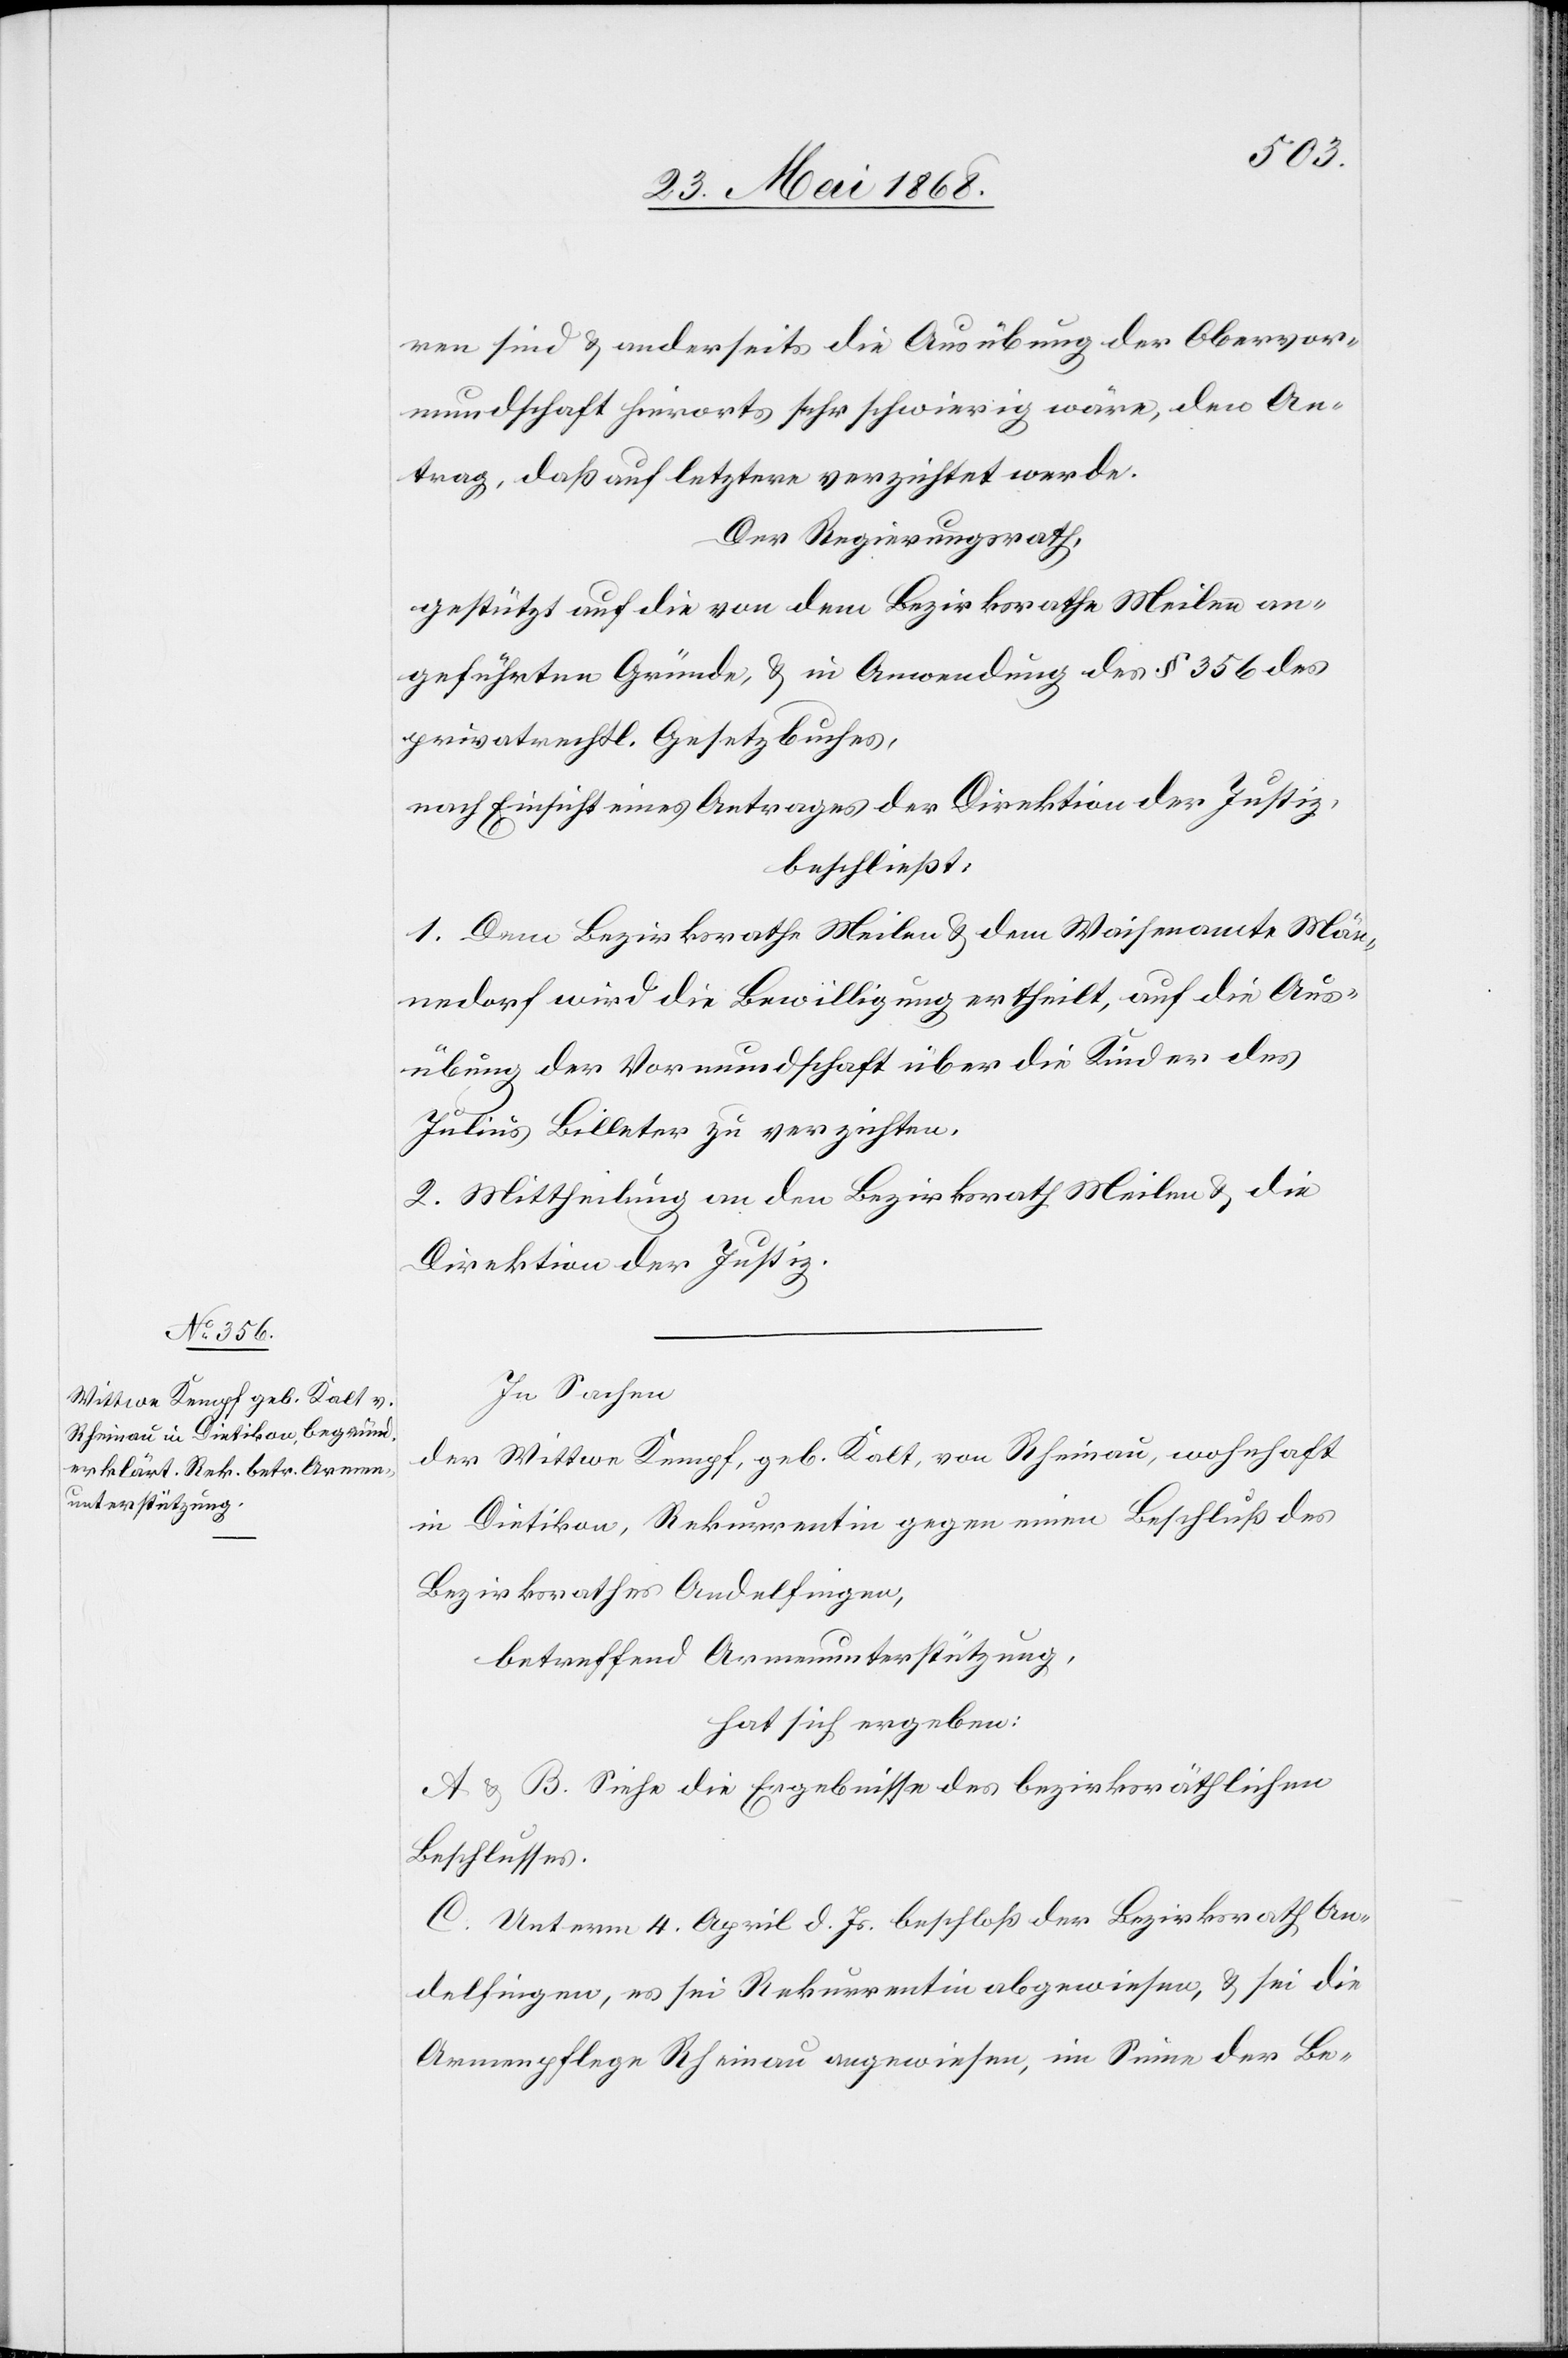
ren sind & anderseits die Ausübung der Obervor¬
mundschaft hierorts sehr schwierig wäre, den An¬
trag, daß auf letztere verzichtet werde.
Der Regierungsrath,
gestützt auf die von dem Bezirksrathe Meilen an¬
geführten Gründe, & in Anwendung des § 356 des
privatrechtl. Gesetzbuches,
nach Einsicht eines Antrages der Direktion der Justiz,
beschließt:
1. Dem Bezirksrathe Meilen & dem Waisenamte Män¬
nedorf wird die Bewilligung ertheilt, auf die Aus¬
übung der Vormundschaft über die Kinder des
Julius Billeter zu verzichten.
2. Mittheilung an den Bezirksrath Meilen & die
Direktion der Justiz.
In Sachen
der Wittwe Kempf, geb. Kalt, von Rheinau, wohnhaft
in Dietikon, Rekurrentin gegen einen Beschluß des
Bezirksrathes Andelfingen,
betreffend Armenunterstützung,
hat sich ergeben:
A & B. Siehe die Ergebnisse des bezirksräthlichen
Beschlusses.
C. Unterm 4. April d. Js. beschloß der Bezirksrath An¬
delfingen, es sei Rekurrentin abgewiesen, & sei die
Armenpflege Rheinau angewiesen, im Sinne der Be-